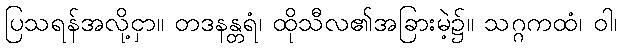
ပြသရန်အလို့ငှာ။ တဒနန္တရံ၊ ထိုသီလ၏အခြားမဲ့၌။ သဂ္ဂကထံ၊ ဝါ၊